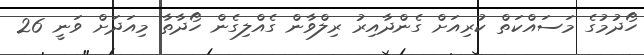
ހޯދުމުގެ މަސައްކަތް ކުރިއަށް ގެންދާއިރު ރިލްވާން ގެއްލިގެން ހޯދާތާ މިއަދަށް ވަނީ 26